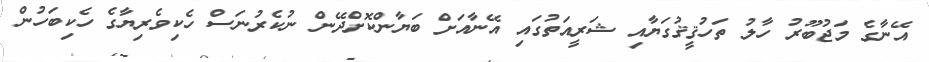
އޭނާގެ މަޖުބޫރު ހާލު ތަހުޤީޤުގަޔާއި ޝަރީއަތުގައި އޭނާއަށް ބަޔާންކޮށްދޭން ނުކެރުނަސް ހެކިވެރިޔާގެ ހެކިބަހުން